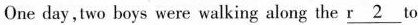
One day,two boys were walking along the r\underline{2} to